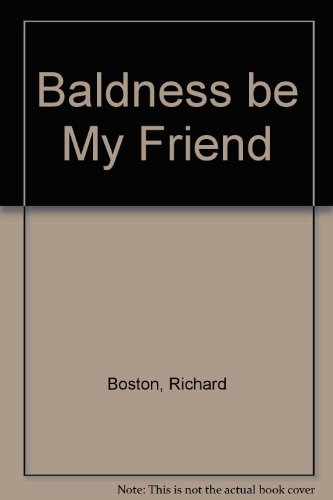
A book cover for Baldness be My Friend; Richard Boston; Health, Fitness & Dieting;